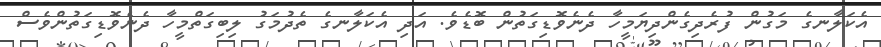
އެކަލާނގެ މަގުން ފުރެދިގެންދިޔަމީހާ ދެނެވޮޑިގަތުން ބޮޑެވެ. އަދި އެކަލާނގެ ތެދުމަގު ލިބިގަތްމީހާ ދެނެވޮޑިގަތުންވެސް